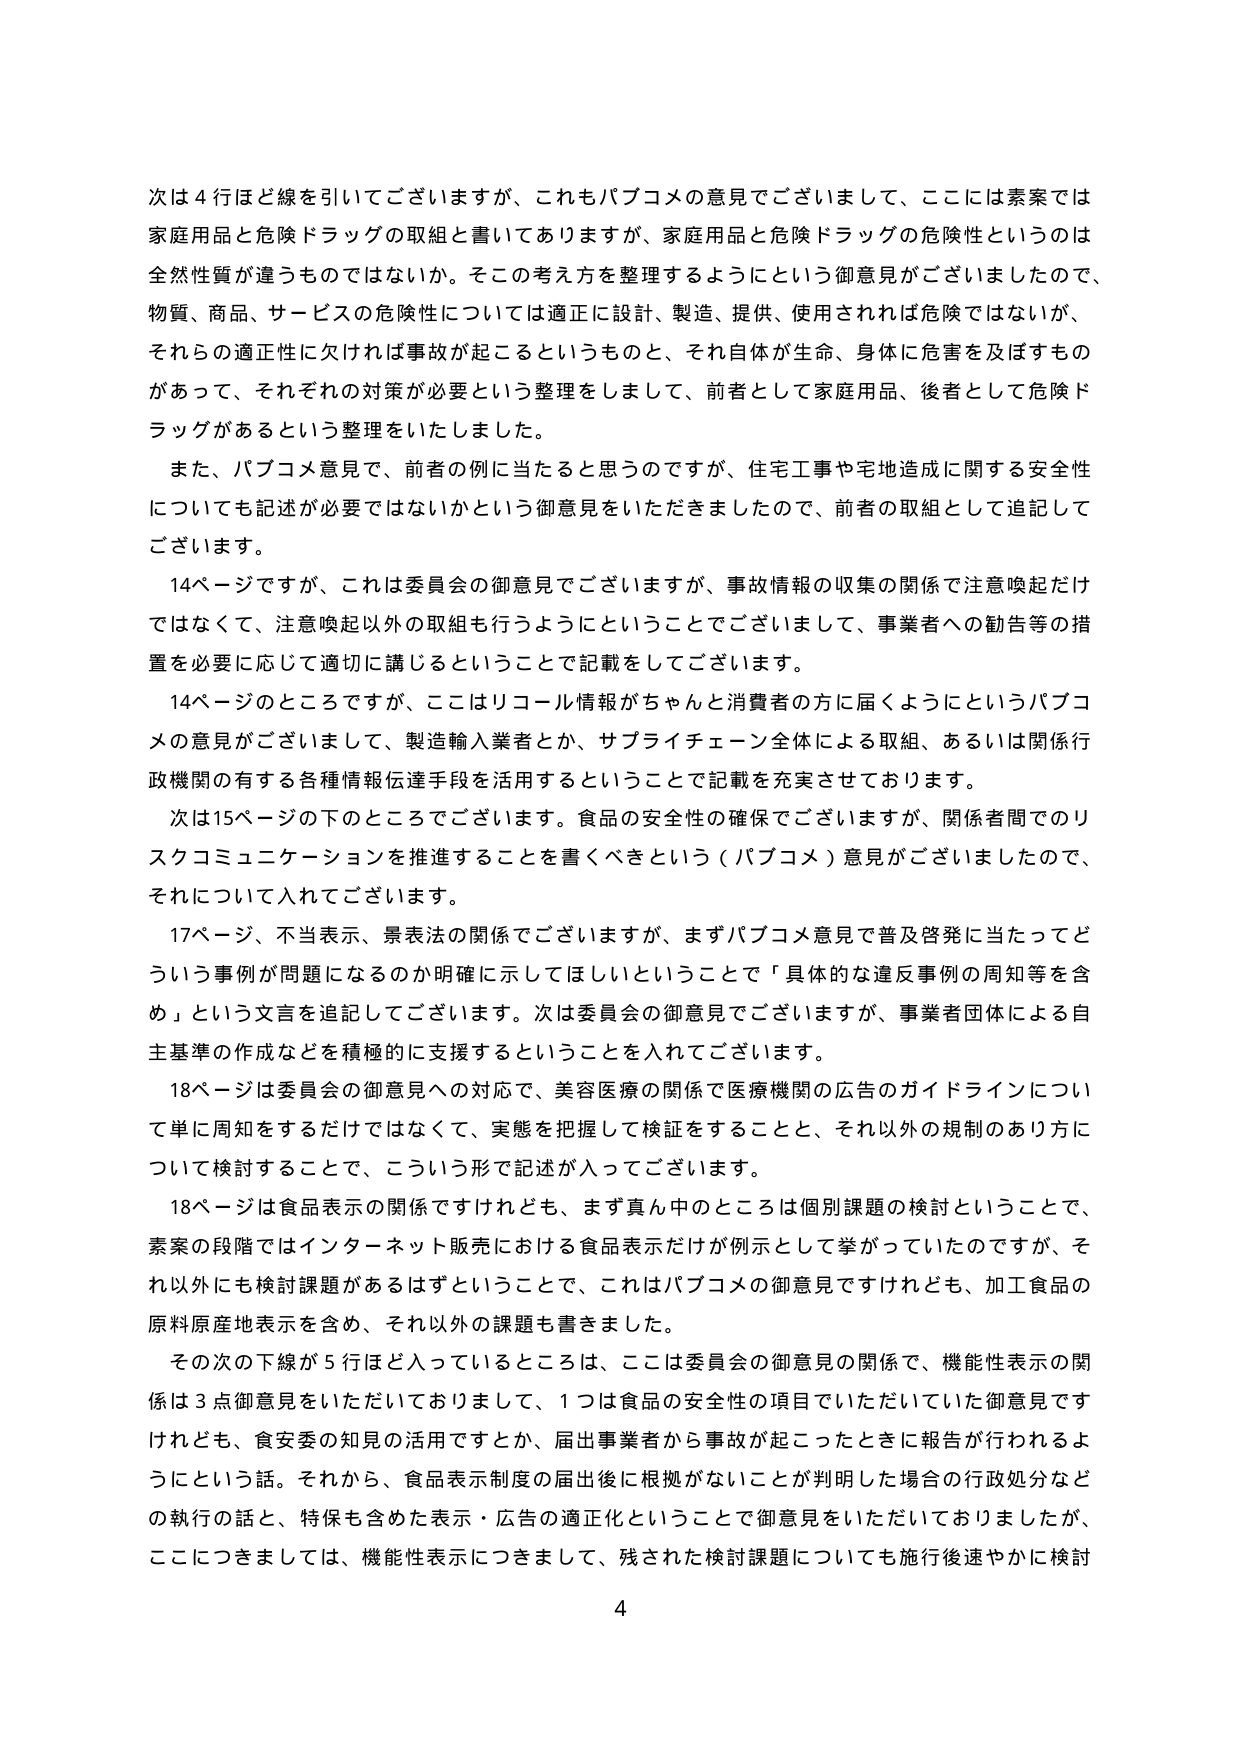
次は４行ほど線を引いてございますが、これもパブコメの意見でございまして、ここには素案では家庭用品と危険ドラッグの取組と書いてありますが、家庭用品と危険ドラッグの危険性というのは全然性質が違うものではないか。その考え方を整理するようにという御意見がございましたので、物質、商品、サービスの危険性については適正に設計、製造、提供、使用されれば危険ではないが、それらの適正性に欠ければ事故が起こるというものと、それ自体が生命、身体に危害を及ぼすものがあって、それぞれの対策が必要という整理をしまして、前者として家庭用品、後者として危険ドラッグがあるという整理をいたしました。

また、パブコメ意見で、前者の例に当たると思うのですが、住宅工事や宅地造成に関する安全性についても記述が必要ではないかという御意見をいただきましたので、前者の取組として追記してございます。

14ページですが、これは委員会の御意見でございますが、事故情報の収集の関係で注意喚起だけではなくて、注意喚起以外の取組も行うようにということでございまして、事業者への勧告等の措置を必要に応じて適切に講じるということで記載をしてございます。

14ページのところですが、ここはリコール情報がちゃんと消費者の方に届くようにというパブコメの意見がございまして、製造輸入業者とか、サプライチェーン全体による取組、あるいは関係行政機関の有する各種情報伝達手段を活用するということで記載を充実させております。

次は15ページの下のところでございます。食品の安全性の確保でございますが、関係者間でのリスクコミュニケーションを推進することを書くべきという（パブコメ）意見がございましたので、それについて入れてございます。

17ページ、不当表示、景表法の関係でございますが、まずパブコメ意見で普及啓発に当たってどういう事例が問題になるのか明確に示してほしいということで「具体的な違反事例の周知等を含め」という文言を追記してございます。次は委員会の御意見でございますが、事業者団体による自主基準の作成などを積極的に支援するということを入れてございます。

18ページは委員会の御意見への対応で、美容医療の関係で医療機関の広告のガイドラインについて単に周知をするだけではなくて、実態を把握して検証することと、それ以外の規制のあり方について検討することで、こういう形で記述が入ってございます。

18ページは食品表示の関係ですけれども、まず真ん中のところは個別課題の検討ということで、素案の段階ではインターネット販売における食品表示だけが例示として挙がっていたのですが、それ以外にも検討課題があるはずということで、これはパブコメの御意見ですけれども、加工食品の原料原産地表示を含め、それ以外の課題も書きました。

その次の下線が５行ほど入っているところは、ここは委員会の御意見の関係で、機能性表示の関係は３点御意見をいただいておりまして、１つは食品の安全性の項目でいただいていた御意見ですけれども、食安委の知見の活用ですとか、届出事業者から事故が起こったときに報告が行われるようにという話。それから、食品表示制度の届出後に根拠がないことが判明した場合の行政処分などの執行の話と、特保も含めた表示・広告の適正化ということで御意見をいただいておりましたが、ここにつきましては、機能性表示につきまして、残された検討課題についても施行後速やかに検討

4